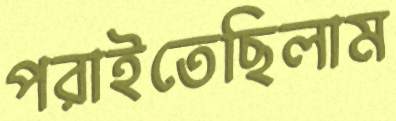
পরাইতেছিলাম